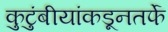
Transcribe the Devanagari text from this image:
कुटुंबीयांकडूनतर्फे